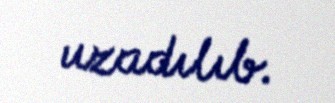
uzadılıb.